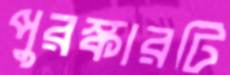
পুরস্কারটি